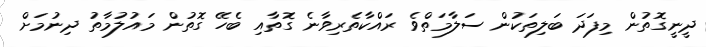
ދީނީގޮތުން މިފަދަ ބަލިތަކުން ސަލާމަތްވެ ރައްކާތެރިވާނެ ގޮތާއި ބެހޭ ގޮތުން މައުލުމާތު ދިނުމަށް